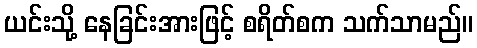
ယင်းသို့ နေခြင်းအားဖြင့် စရိတ်စက သက်သာမည်။